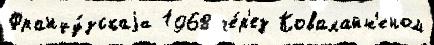
Францу́зскаjа 1968 че́р'ез Ковалайн'еном